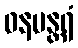
ဝနမန္တရံ